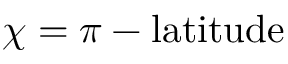
\chi = \pi - \mathrm { l a t i t u d e }